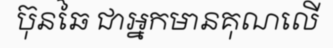
ប៊ុនឆៃ ជាអ្នកមានគុណលើ